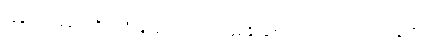
လူမှုတာဝန်များကို တဦးမျှ ကြောက်စရာဖြစ်နိုင်သော်လည်း တောင်သမန်သို့